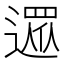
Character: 𨖙